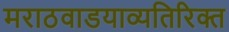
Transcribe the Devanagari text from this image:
मराठवाडयाव्यतिरिक्त